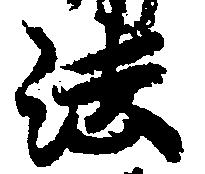
法